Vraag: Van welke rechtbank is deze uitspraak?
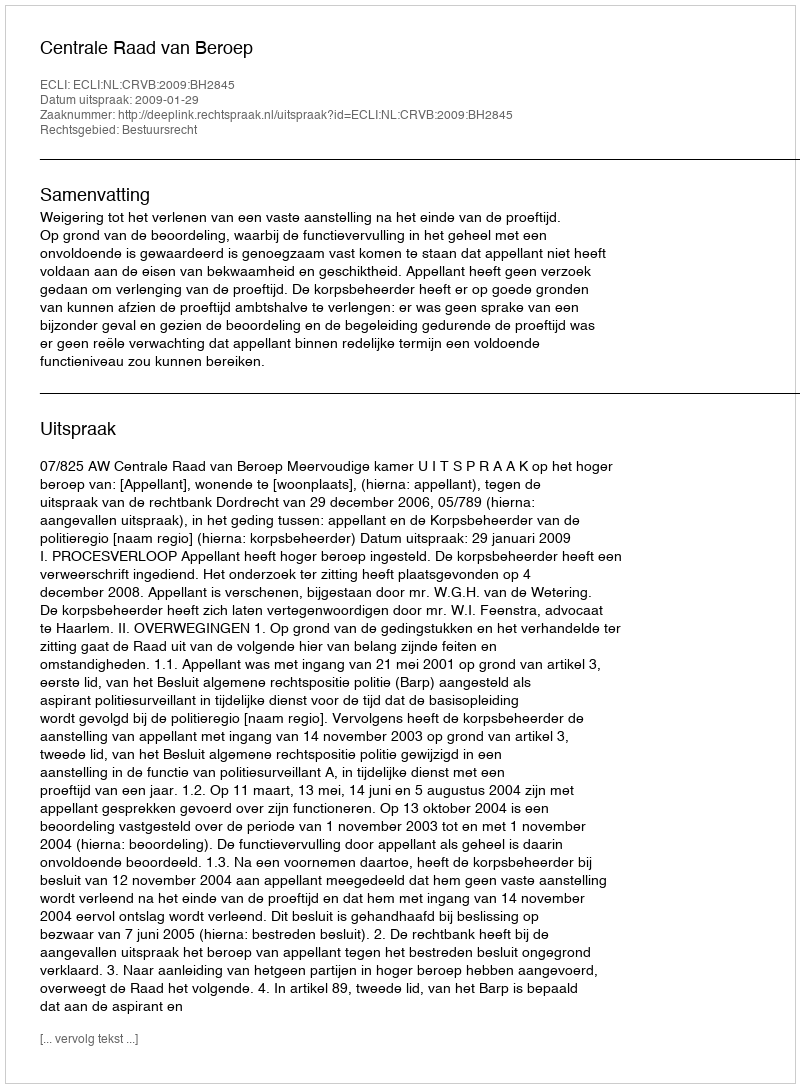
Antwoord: Centrale Raad van Beroep